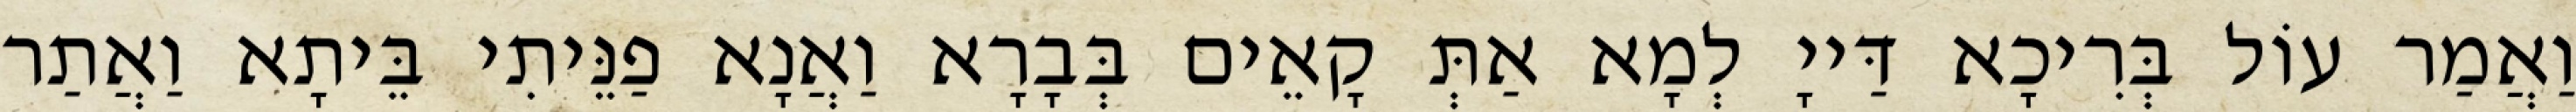
וַאֲמַר עוֹל בְּרִיכָא דַּייָ לְמָא אַתְּ קָאֵים בְּבָרָא וַאֲנָא פַנֵּיתִי בֵּיתָא וַאֲתַר